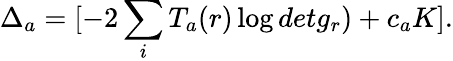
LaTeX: \Delta_{a}=[-2\sum_{i}T_{a}(r)\log detg_{r})+c_{a}K].